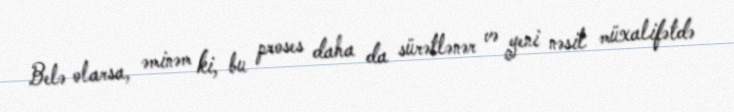
Belə olarsa, əminəm ki, bu proses daha da sürətlənər və yeni nəsil müxalifətdə